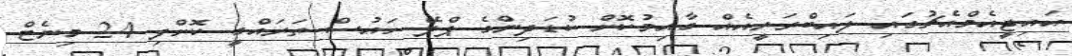
އައިޖީއެމްއެޗުގައި ލައިބްރަރީއެއް ގާއިމުކޮށް ކުޑަދިންގެ ޕްލޭ ހައުސް ތަރައްގީ ކޮށްފި 24 މިނެޓް